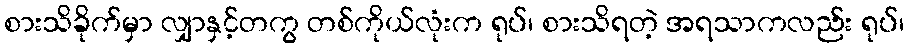
စားသိခိုက်မှာ လျှာနှင့်တကွ တစ်ကိုယ်လုံးက ရုပ်၊ စားသိရတဲ့ အရသာကလည်း ရုပ်၊